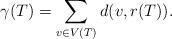
LaTeX: \begin{align*} \gamma(T)=\sum_{v \in V(T)}d(v,r(T)).\end{align*}